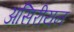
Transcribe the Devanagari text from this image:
असिरीयन